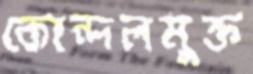
কোন্দলমুক্ত